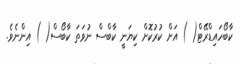
ކާބޯހައިޑްރޭޓް( ) އަށް ކުރުކޮށް ކިޔަނީ ކާބްސް ނުވަތަ ކާބޯސް( ) އިންނެވެ.